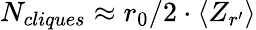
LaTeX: N_{cliques}\approx r_{0}/2\cdot\langle Z_{r^{\prime}}\rangle